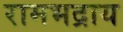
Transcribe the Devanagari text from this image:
रामभद्राय